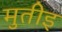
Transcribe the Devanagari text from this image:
मुतीइ